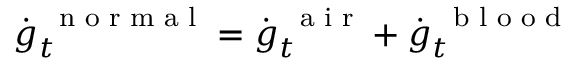
\dot { \boldsymbol g } _ { t } ^ { \mathrm { ~ \scriptsize ~ n ~ o ~ r ~ m ~ a ~ l ~ } } = \dot { \boldsymbol g } _ { t } ^ { \mathrm { ~ \scriptsize ~ a ~ i ~ r ~ } } + \dot { \boldsymbol g } _ { t } ^ { \mathrm { ~ \scriptsize ~ b ~ l ~ o ~ o ~ d ~ } }